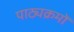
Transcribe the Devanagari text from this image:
पाठ्यक्रमोँ